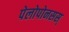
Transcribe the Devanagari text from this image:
पेलोपोनसस्‌